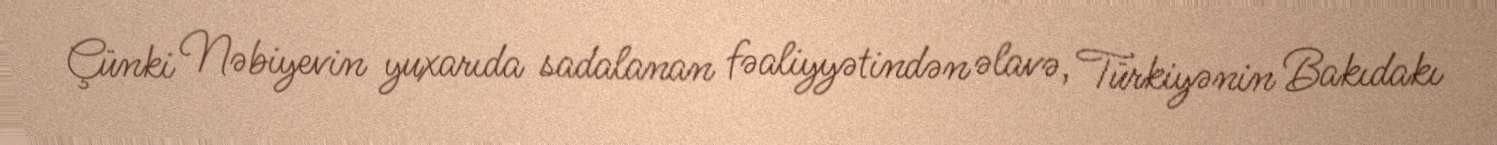
Çünki Nəbiyevin yuxarıda sadalanan fəaliyyətindən əlavə, Türkiyənin Bakıdakı